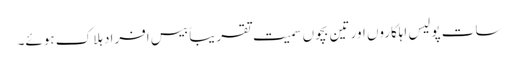
سات پولیس اہلکاروں اور تین بچوں سمیت تقریباً بیس افراد ہلاک ہوئے۔